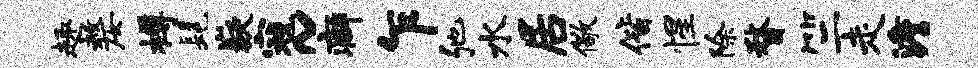
趣嫠樽髦嶷寇~癖乍弛水居儆偕惺除瞀竺走澹